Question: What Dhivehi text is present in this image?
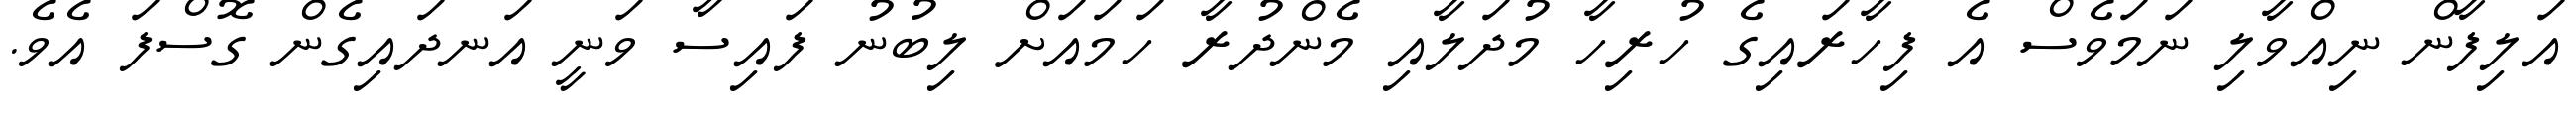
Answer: އަލިފާން ނިއްވާލި ނަމަވެސް އެ ފިހާރައިގެ ހުރިހާ މުދަލާއި މެންދުރާ ހަމައަށް ލިބުނު ފައިސާ ވަނީ އަނދައިގެން ގޮސްފަ އެވެ.